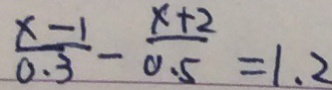
\frac { x - 1 } { 0 . 3 } - \frac { x + 2 } { 0 . 5 } = 1 . 2